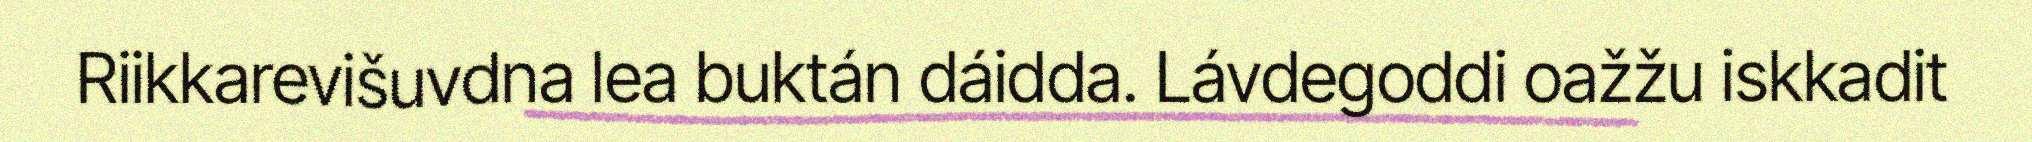
Riikkarevišuvdna lea buktán dáidda. Lávdegoddi oažžu iskkadit